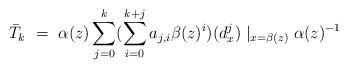
LaTeX: \begin{align*} \bar{T}_k\ = \ \alpha (z) \sum_{j=0}^{k} (\sum_{i=0}^{k+j} a_{j,i} \beta(z)^i )(d^j_x)\mid_{x = \beta (z)}\alpha (z) ^{-1}\end{align*}